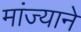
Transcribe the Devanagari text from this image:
मांज्याने